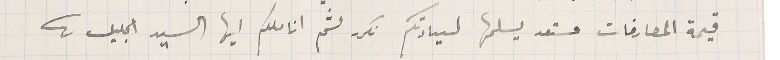
قيمة المصارفات مستعد يسلمها لسيادتكم نكرر لثم اناملكم ايها السيد الجليل .